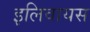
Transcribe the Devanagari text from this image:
इलिवायस